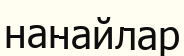
нанайлар